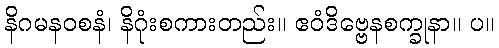
နိဂမနဝစနံ၊ နိဂုံးစကားတည်း။ ဧဝံဒိဗ္ဗေနစက္ခုနာ။ ပ။